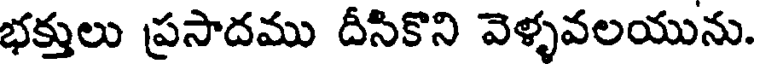
భక్తులు ప్రసాదము దీసికొని వెళ్ళవలయును.